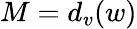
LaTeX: {M=d_{v}(w)}